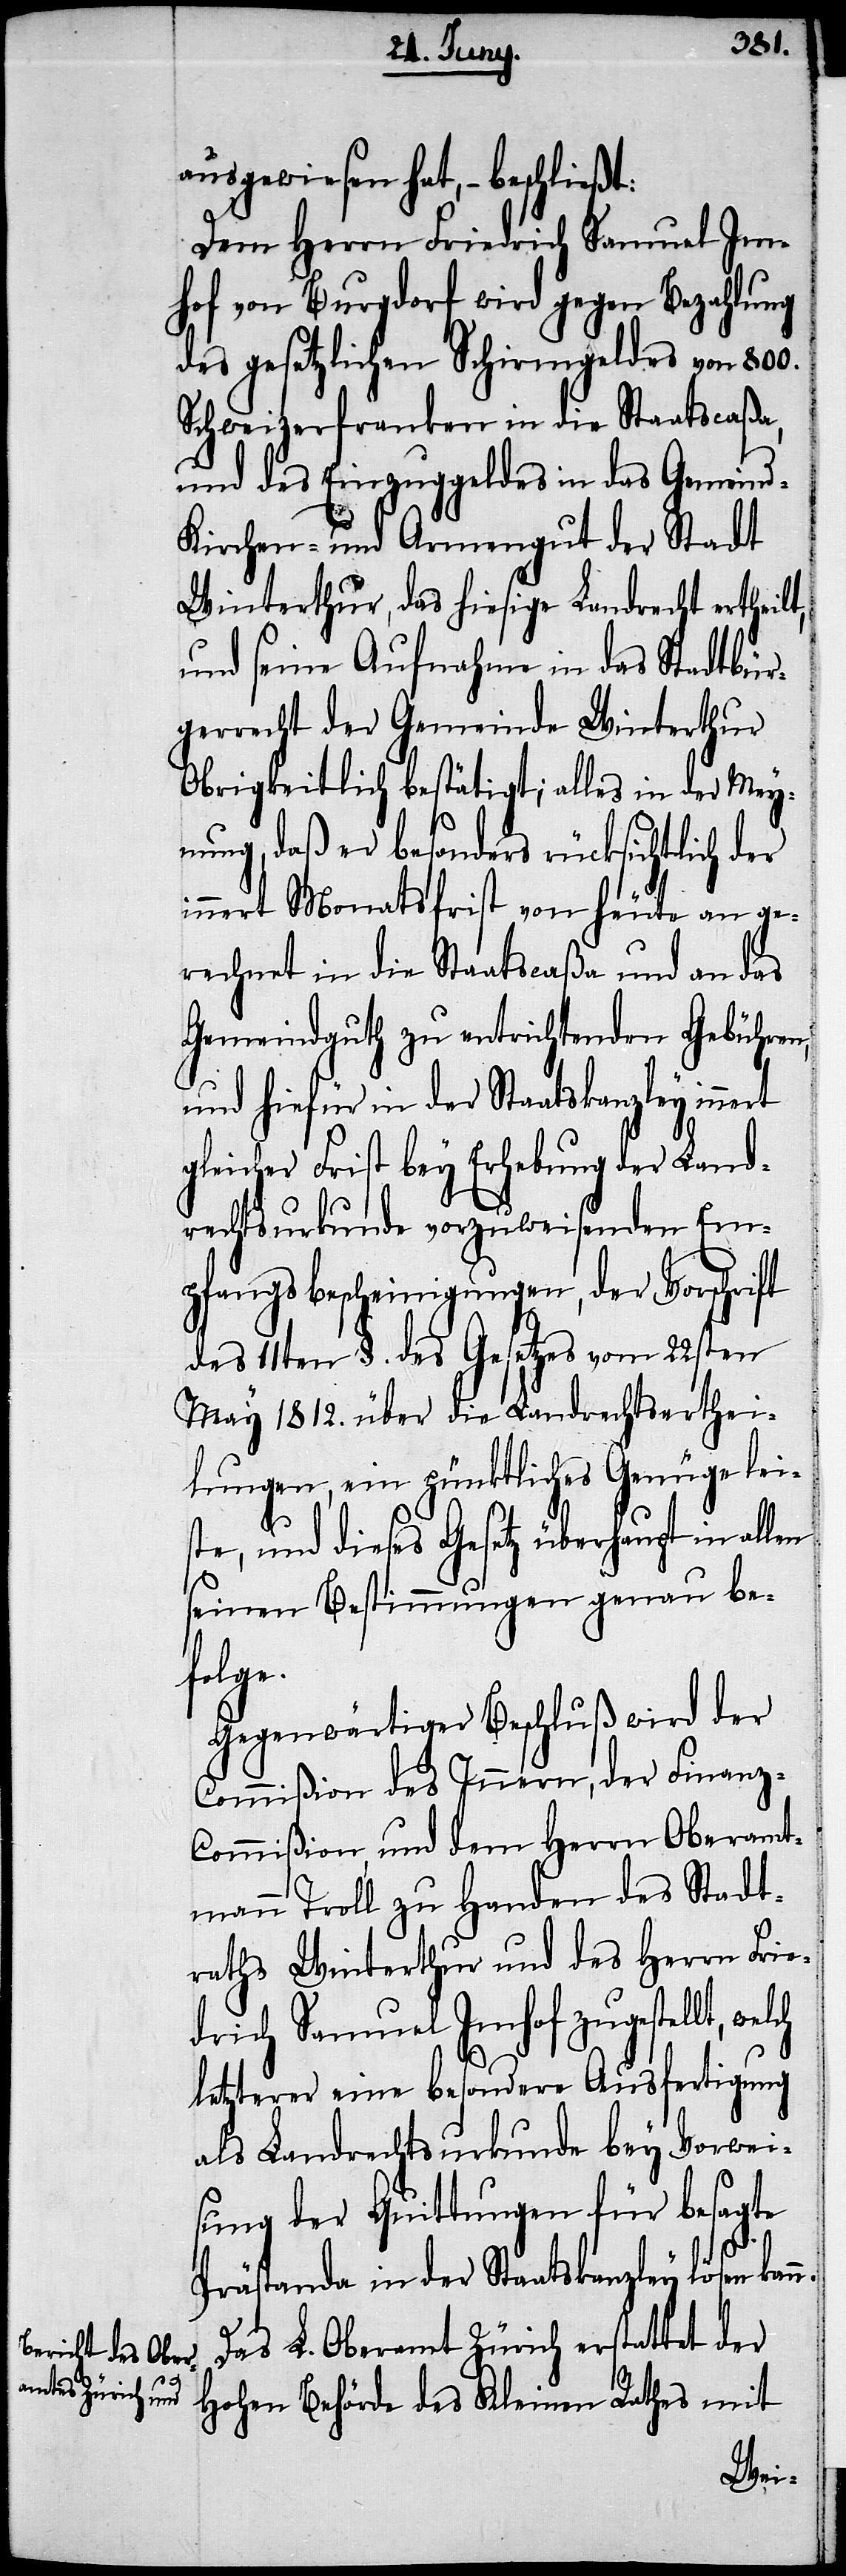
ausgewiesen hat, – beschließt:
Dem Herrn Friedrich Samuel Im¬
hof von Burgdorf wird gegen Bezahlung
des gesetzlichen Schirmgeldes von 800.
Schweizerfranken in die Staatscaßa,
und des Einzugsgeldes in das Gemeind-
Kirchen- und Armengut der Stadt
Winterthur, das hiesige Landrecht ertheilt,
und seine Aufnahme in das Stadtbür¬
gerrecht der Gemeinde Winterthur
Obrigkeitlich bestätigt; alles in der Mey¬
nung, daß er besonders rücksichtlich der
innert Monatsfrist von heute an ge¬
rechnet in die Staatscaßa und an das
Gemeindguth zu entrichtenden Gebühren,
und hiefür in der Staatskanzley innert
gleicher Frist bey Erhebung der Land¬
rechtsurkunde vorzuweisenden Em¬
pfangsbescheinigungen, der Vorschrift
des 11ten §. des Gesetzes vom 22sten
May 1812. über die Landrechtserthei¬
lungen, ein pünktliches Genüge leis¬
te, und dieses Gesetz überhaupt in
seinen Bestimmungen genau be¬
folge.
Gegenwärtiger Beschluß wird der
Commißion des Innern, der Finanz¬
commißion, und dem Herrn Oberamt¬
mann Troll zu Handen des Stadt¬
raths Winterthur und des Herrn Frie¬
drich Samuel Imhof zugestellt, welch
letzterer eine besondere Ausfertigung
als Landrechtsurkunde bey Vorwei¬
sung der Quittungen für besagte
n.
Prästanda in der Staatskanzley lösen kan¬
Das L. Oberamt Zürich erstattet der
Hohen Behörde des Kleinen Raths mit